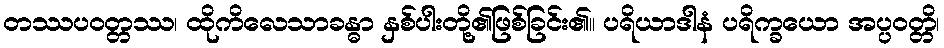
တဿပဝတ္တဿ၊ ထိုကိလေသာခန္ဓာ နှစ်ပါးတို့၏ဖြစ်ခြင်း၏။ ပရိယာဒါနံ ပရိက္ခယော အပ္ပဝတ္တိ၊